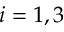
i = 1 , 3